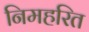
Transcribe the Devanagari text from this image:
निमहरित